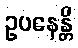
ဥပနေန္တိ